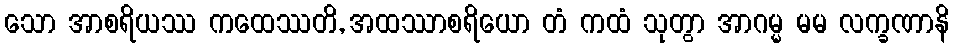
သော အာစရိယဿ ကထေဿတိ, အထဿာစရိယော တံ ကထံ သုတွာ အာဂမ္မ မမ လက္ခဏာနိ